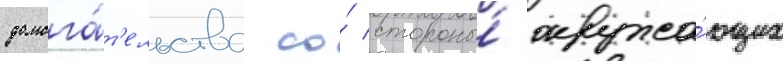
домога́т'ельства со́ стороны́ окружа́ющих